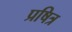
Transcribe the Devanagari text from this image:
प्रषित्र